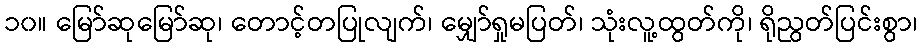
၁၀။ မြော်ဆုမြော်ဆု၊ တောင့်တပြုလျက်၊ မျှော်ရှုမပြတ်၊ သုံးလူ့ထွတ်ကို၊ ရိုညွတ်ပြင်းစွာ၊